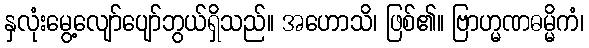
နှလုံးမွေ့လျော်ပျော်ဘွယ်ရှိသည်။ အဟောသိ၊ ဖြစ်၏။ ဗြာဟ္မဏဓမ္မိကံ၊